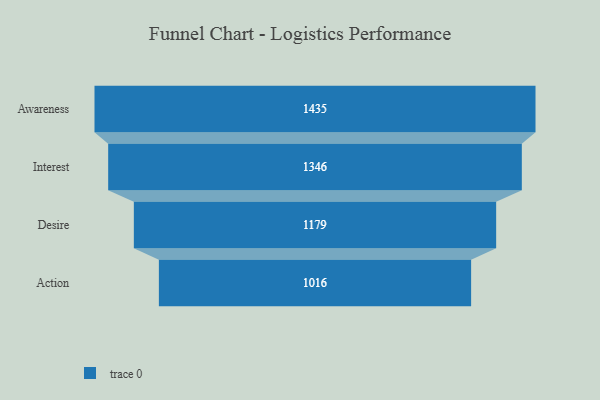
{"axis": {"x": "Stage", "y": "Value"}, "legend": [""], "data": [{"x": "Awareness", "y": 1435.0, "type": ""}, {"x": "Interest", "y": 1346.0, "type": ""}, {"x": "Desire", "y": 1179.0, "type": ""}, {"x": "Action", "y": 1016.0, "type": ""}]}